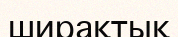
ширақтық